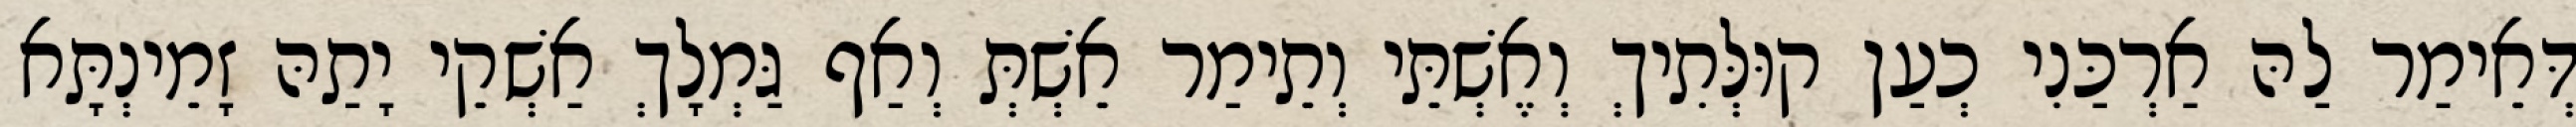
דְּאֵימַר לַהּ אַרְכַּנִי כְעַן קוּלְּתִיךְ וְאֶשְׁתֵּי וְתֵימַר אֵשְׁתְּ וְאַף גַּמְלָךְ אַשְׁקֵי יָתַהּ זָמֵינְתָּא